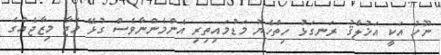
ނޫހު އަކީ އަޚުލާޤު ރަނގަޅު ހިތްހެޔޮ މަޑުމައިތިރި އެންމެންނާވެސް ގުޅޭ މަޖާ މިޒާޖެއްގެ